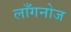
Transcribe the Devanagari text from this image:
लाँगनोज